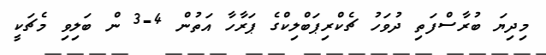
މިދިޔަ ބުރާސްފަތި ދުވަހު ޗެކްރިޕަބްލިކްގެ ޕަރާހާ އަތުން 4-3 ން ބަލިވި މެޗަކީ